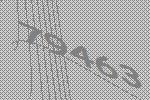
79463